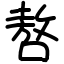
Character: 嗸